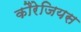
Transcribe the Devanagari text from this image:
कौरेजियस